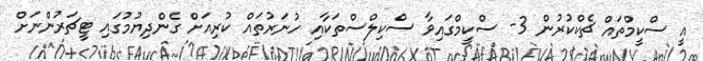
އީ ސްކީމްތައް ޗެކްކުރުން 3- ސްކީމްގައިވާ ސްކިލްސްތަކާއި ހުނަރުތައް ކުރިއަށް ގެންދިޔުމުގައި ޓީޗަރުންނަށް